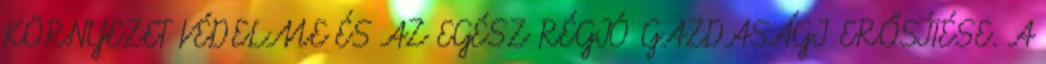
KÖRNYEZET VÉDELME ÉS AZ EGÉSZ RÉGIÓ GAZDASÁGI ERŐSÍTÉSE. A